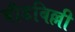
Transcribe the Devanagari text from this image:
बौडबिल्ली